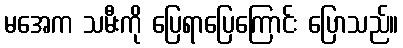
မအေက သမီးကို ပြေရာပြေကြောင်း ပြောသည်။